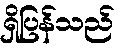
ရှိပြန်သည်